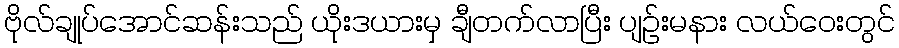
ဗိုလ်ချုပ်အောင်ဆန်းသည် ယိုးဒယားမှ ချီတက်လာပြီး ပျဉ်းမနား လယ်ဝေးတွင်